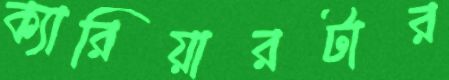
ক্যারিয়ারটার